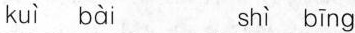
kuì bài shì bīng